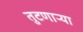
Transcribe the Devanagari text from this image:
तुटणाऱ्या